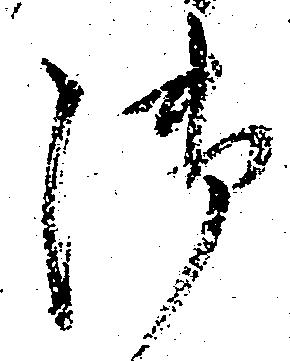
御